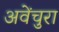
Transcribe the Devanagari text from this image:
अवेंचुरा